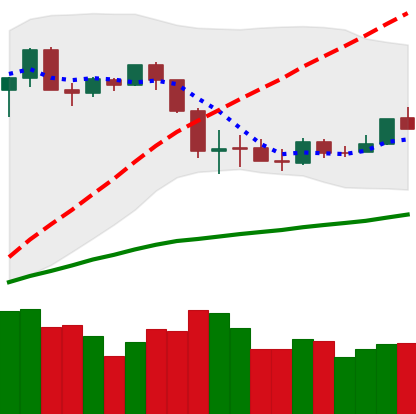
Ticker: ETH-USD
Chart end date: 2020-03-07
Forward return: -52.766%
Label: down_7plus